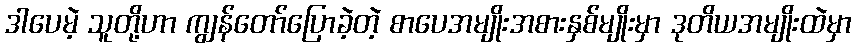
ဒါပေမဲ့ သူတို့ဟာ ကျွန်တော်ပြောခဲ့တဲ့ စာပေအမျိုးအစားနှစ်မျိုးမှာ ဒုတိယအမျိုးထဲမှာ